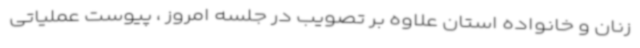
زنان و خانواده استان علاوه بر تصویب در جلسه امروز ، پیوست عملیاتی